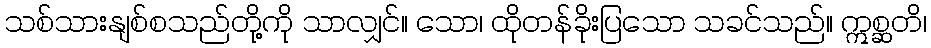
သစ်သားနျစ်စသည်တို့ကို သာလျှင်။ သော၊ ထိုတန်ခိုးပြသော သခင်သည်။ ဣစ္ဆတိ၊